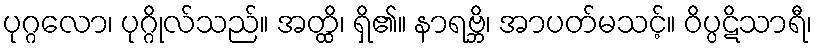
ပုဂ္ဂလော၊ ပုဂ္ဂိုလ်သည်။ အတ္ထိ၊ ရှိ၏။ နာရဗ္ဘိ၊ အာပတ်မသင့်။ ဝိပ္ပဋိသာရီ၊